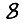
Digit: 8